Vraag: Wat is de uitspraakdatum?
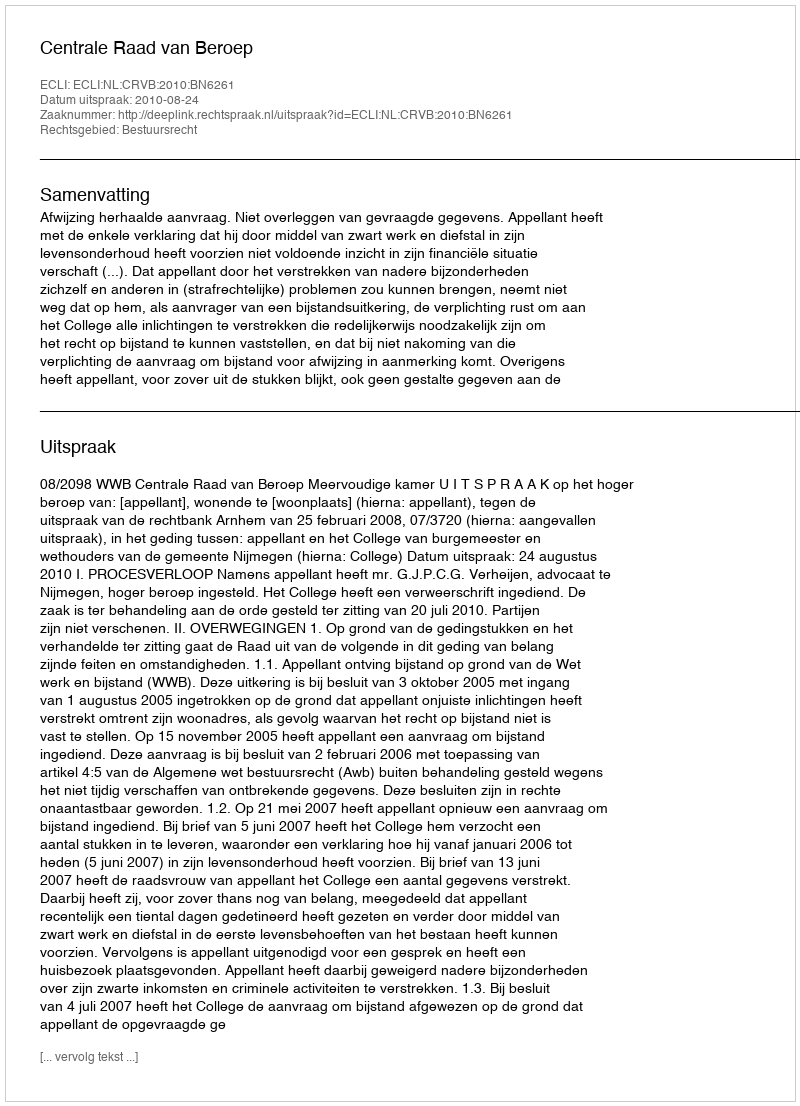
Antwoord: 2010-08-24